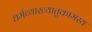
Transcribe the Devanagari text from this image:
धर्मव्याख्यातुकामस्य